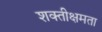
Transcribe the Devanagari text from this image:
शक्तीक्षमता